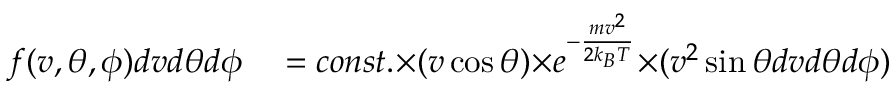
\begin{array} { r l } { f ( v , \theta , \phi ) d v { d \theta } d \phi } & { { } = c o n s t . { \times } ( v \cos { \theta } ) { \times } e ^ { - { \frac { m v ^ { 2 } } { 2 k _ { B } T } } } { \times } ( v ^ { 2 } \sin { \theta } d v { d \theta } d \phi ) } \end{array}